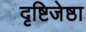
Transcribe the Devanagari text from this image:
दृष्टिजेष्ठा